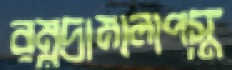
রম্নদ্রামালাপস্ত